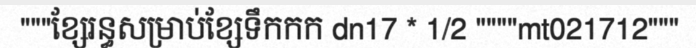
"""ខ្សែរន្ធសម្រាប់ខ្សែទឹកកក dn17 * 1/2 """"mt021712"""